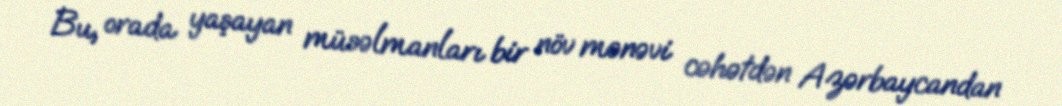
Bu, orada yaşayan müsəlmanları bir növ mənəvi cəhətdən Azərbaycandan